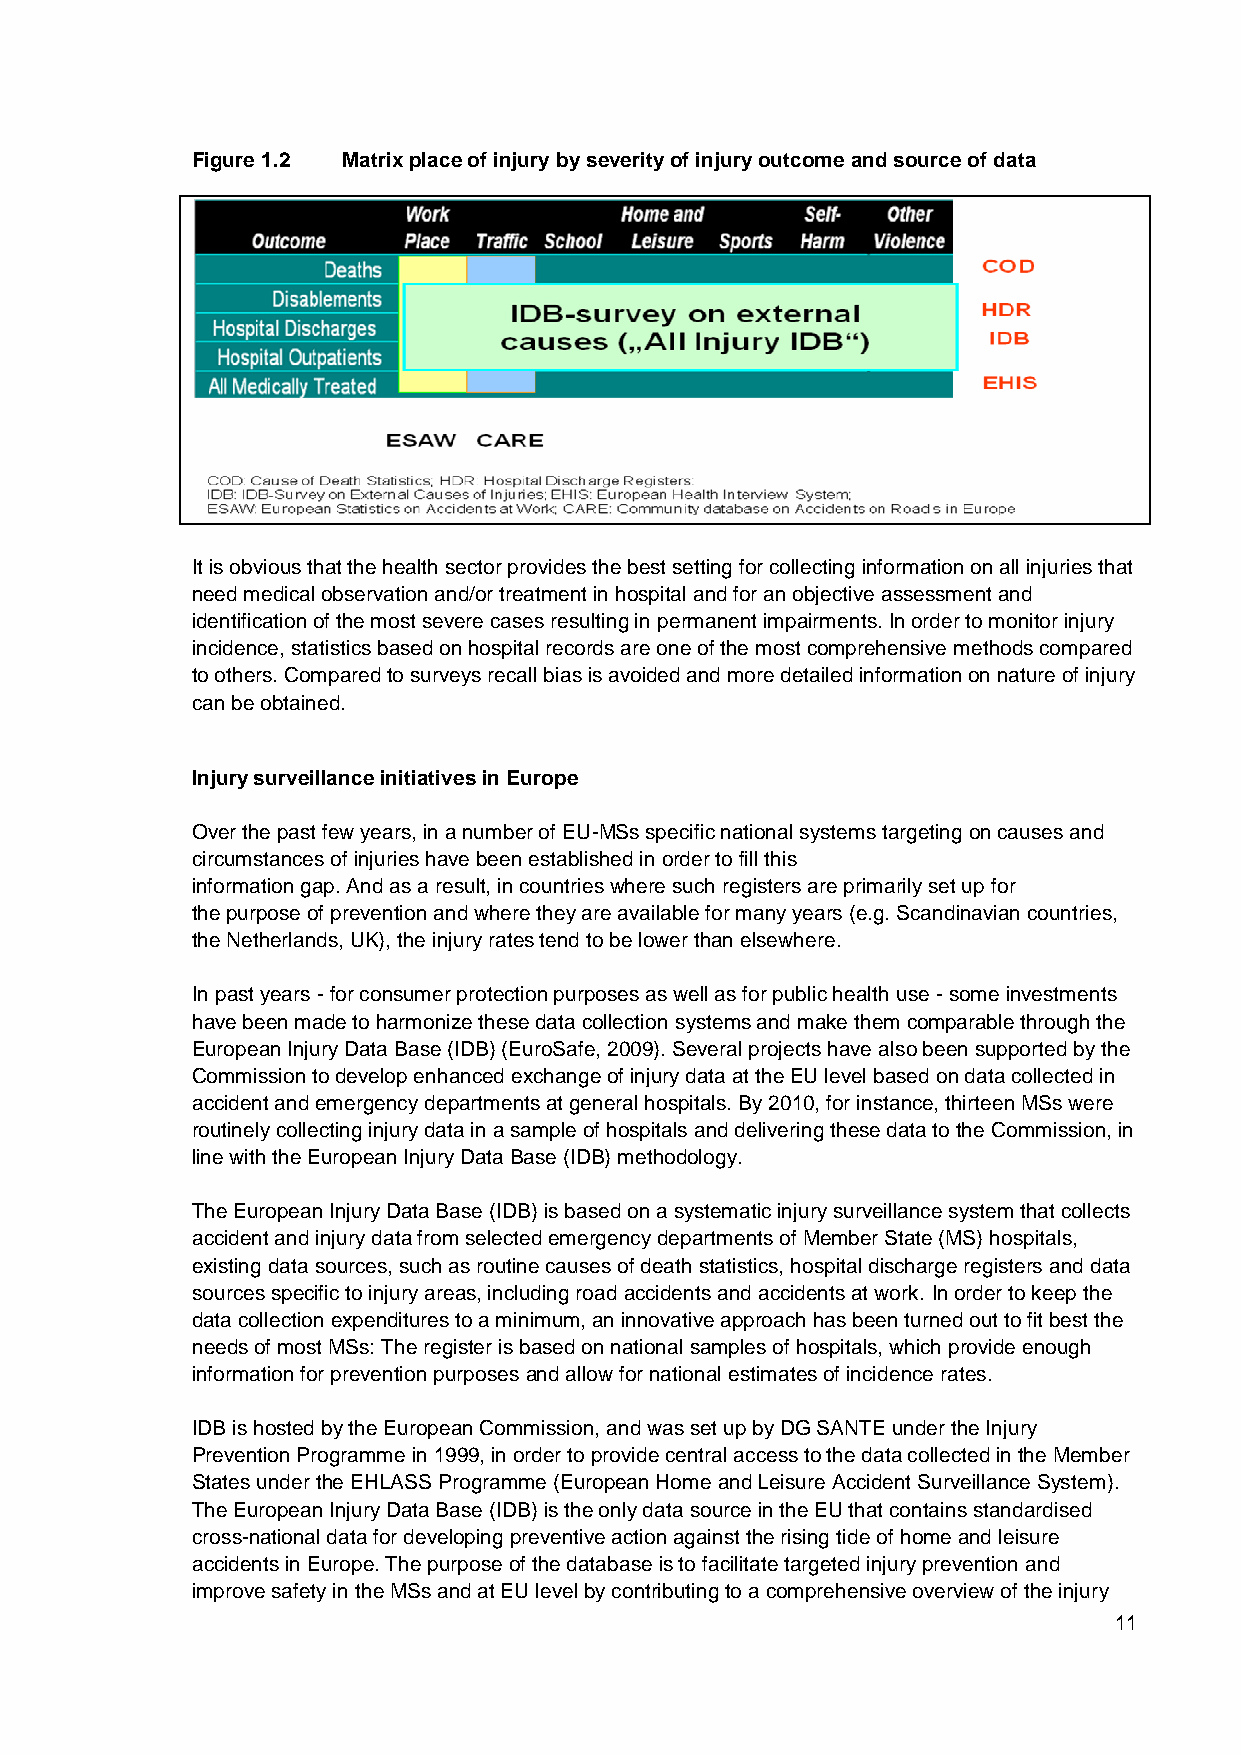
Figure 1.2 Matrix place of injury by severity of injury outcome and source of data
 It is obvious that the health sector provides the best setting for collecting information on all injuries that
 need medical observation and/or treatment in hospital and for an objective assessment and
 identification of the most severe cases resulting in permanent impairments. In order to monitor injury
 incidence, statistics based on hospital records are one of the most comprehensive methods compared
 to others. Compared to surveys recall bias is avoided and more detailed information on nature of injury
 can be obtained.
 Injury surveillance initiatives in Europe
 Over the past few years, in a number of EU-MSs specific national systems targeting on causes and
 circumstances of injuries have been established in order to fill this
 information gap. And as a result, in countries where such registers are primarily set up for
 the purpose of prevention and where they are available for many years (e.g. Scandinavian countries,
 the Netherlands, UK), the injury rates tend to be lower than elsewhere.
 In past years - for consumer protection purposes as well as for public health use - some investments
 have been made to harmonize these data collection systems and make them comparable through the
 European Injury Data Base (IDB) (EuroSafe, 2009). Several projects have also been supported by the
 Commission to develop enhanced exchange of injury data at the EU level based on data collected in
 accident and emergency departments at general hospitals. By 2010, for instance, thirteen MSs were
 routinely collecting injury data in a sample of hospitals and delivering these data to the Commission, in
 line with the European Injury Data Base (IDB) methodology.
 The European Injury Data Base (IDB) is based on a systematic injury surveillance system that collects
 accident and injury data from selected emergency departments of Member State (MS) hospitals,
 existing data sources, such as routine causes of death statistics, hospital discharge registers and data
 sources specific to injury areas, including road accidents and accidents at work. In order to keep the
 data collection expenditures to a minimum, an innovative approach has been turned out to fit best the
 needs of most MSs: The register is based on national samples of hospitals, which provide enough
 information for prevention purposes and allow for national estimates of incidence rates.
 IDB is hosted by the European Commission, and was set up by DG SANTE under the Injury
 Prevention Programme in 1999, in order to provide central access to the data collected in the Member
 States under the EHLASS Programme (European Home and Leisure Accident Surveillance System).
 The European Injury Data Base (IDB) is the only data source in the EU that contains standardised
 cross-national data for developing preventive action against the rising tide of home and leisure
 accidents in Europe. The purpose of the database is to facilitate targeted injury prevention and
 improve safety in the MSs and at EU level by contributing to a comprehensive overview of the injury
 11